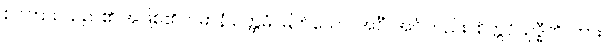
စင်ကြယ်သည်၏ အဖြစ်၏။ ပဓာနံ ဥတ္တမံ၊ မြတ်သော။ အင်္ဂံ၊ အင်္ဂါတည်း။ စိတ္တဝိသုဒ္ဓီတိ၊ ကား။